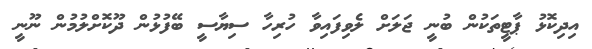
އިދިކޮޅު ޕާޓީތަކުން ބުނީ ޖަލަށް ލެވިފައިވާ ހުރިހާ ސިޔާސީ ބޭފުޅުން ދޫކޮށްލުމުން ނޫނީ